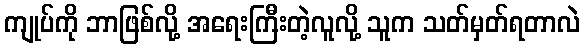
ကျုပ်ကို ဘာဖြစ်လို့ အရေးကြီးတဲ့လူလို့ သူက သတ်မှတ်ရတာလဲ